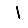
Digit: 1